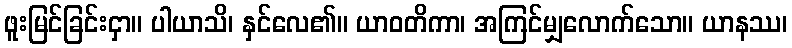
ဖူးမြင်ခြင်းငှာ။ ပါယာသိ၊ နှင်လေ၏။ ယာဝတိကာ၊ အကြင်မျှလောက်သော။ ယာနဿ၊